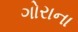
ગોરાના